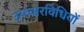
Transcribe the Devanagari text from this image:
उपचारविधियों